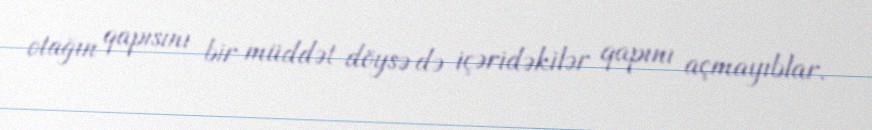
otağın qapısını bir müddət döysə də içəridəkilər qapını açmayıblar.